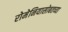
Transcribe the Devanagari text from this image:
रोमेनियासोबतच्या